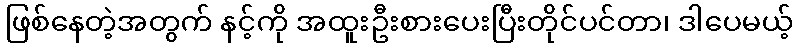
ဖြစ်နေတဲ့အတွက် နင့်ကို အထူးဦးစားပေးပြီးတိုင်ပင်တာ၊ ဒါပေမယ့်